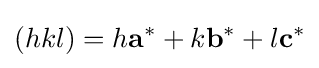
(hkl)=h{\bf {a}}^{*}+k{\bf {b}}^{*}+l{\bf {c}}^{*}